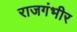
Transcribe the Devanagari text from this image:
राजगंभीर